Report on sanitation, dispensaries, and jails in Rajputana for 1915, and on vaccination for the year 1915-1916 - 1915-1916
Year: 1915
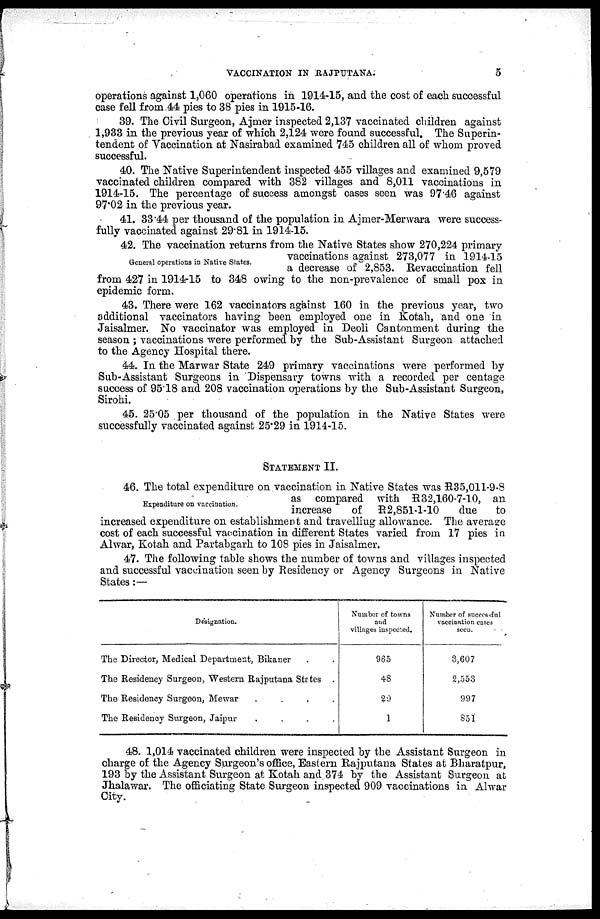
VACCINATION IN RAJPUTANA.
5
operations against 1,060 operations in 1914-15, and the cost of each successful
case fell from 44 pies to 38 pies in 1915-16.
39. The Civil Surgeon, Ajmer inspected 2,137 vaccinated children against
1,933 in the previous year of which 2,124 were found successful. The Superin-
tendent of Vaccination at Nasirabad examined 745 children all of whom proved
successful.
40. The Native Superintendent inspected 455 villages and examined 9,579
vaccinated children compared with 382 villages and 8,011 vaccinations in
1914-15. The percentage of success amongst cases seen was 97.46 against
97.02 in the previous year.
41. 33.44 per thousand of the population in Ajmer-Merwara were
successfully
General operations in Native States.
42. The vaccination returns from the Native States show 270,224 primary
vaccinations against 273,077 in 1914-15
a decrease of 2,853. Revaccination fell
from 427 in 1914-15 to 348 owing to the non-prevalence of small pox in
epidemic form.
43. There were 162 vaccinators against 160 in the previous year, two
additional vaccinators having been employed one in Kotah, and one in
Jaisalmer. No vaccinator was employed in Deoli Cantonment during the
season ; vaccinations were performed by the Sub-Assistant Surgeon attached
to the Agency Hospital there.
44. In the Marwar State 249 primary vaccinations were performed by
Sub-Assistant Surgeons in Dispensary towns with a recorded per centage
success of 95.18 and 208 vaccination operations by the Sub-Assistant Surgeon,
Sirohi.
45. 25.05 per thousand of the population in the Native States were
successfully vaccinated against 25.29 in 1914-15.
STATEMENT II.
Expenditure on vaccination.
46. The total expenditure on vaccination in Native States was R35,011-9-8
as compared with R 32,160-7-10, an
increase
of R 2,851-1-10
due
to
increased expenditure on establishment and travelliug allowance. The average
cost of each successful vaccination in different States varied from 17 pies in
Alwar, Kotah and Partabgarh to 108 pies in Jaisalmer.
47. The following table shows the number of towns and villages inspected
and successful vaccination seen by Residency or Agency Surgeons in Native
States:—
Designation.
The Director, Medical Department, Bikaner. .
The Residency Surgeon, Western Rajputana Stetes.
The Residency Surgeon, Mewar
. . . .
The Residency Surgeon, Jaipur
.
.
.
.
Number of towns
and
villages inspected.
965
48
29
1
Number of successful
vaccination cases
seen.
3,607
2,553
997
851
48. 1,014 vaccinated children were inspected by the Assistant Surgeon in
charge of the Agency Surgeon's office, Eastern Rajputana States at Bharatpur,
193 by the Assistant Surgeon at Kotah and 374 by the Assistant Surgeon at
Jhalawar. The officiating State Surgeon inspected 909 vaccinations in Alwar
City.